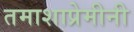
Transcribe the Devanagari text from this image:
तमाशाप्रेमीनी